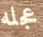
عجله